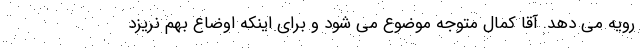
رویه می دهد. آقا کمال متوجه موضوع می شود و برای اینکه اوضاع بهم نریزد